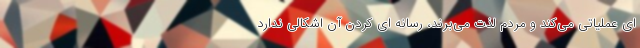
ای عملیاتی می‌کند و مردم لذت می‌برند، رسانه ای کردن آن اشکالی ندارد